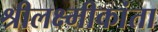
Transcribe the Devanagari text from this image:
श्रीलक्ष्मीकांता